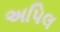
અપિલ